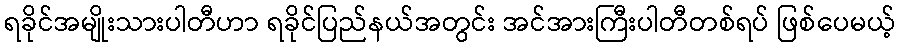
ရခိုင်အမျိုးသားပါတီဟာ ရခိုင်ပြည်နယ်အတွင်း အင်အားကြီးပါတီတစ်ရပ် ဖြစ်ပေမယ့်